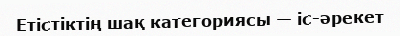
Етістіктің шақ категориясы — іс-әрекет